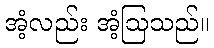
အံ့လည်း အံ့ဩသည်။